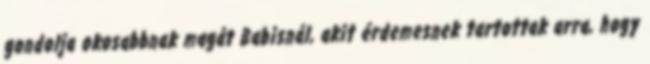
gondolja okosabbnak magát Babisnál, akit érdemesnek tartottak arra, hogy